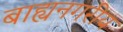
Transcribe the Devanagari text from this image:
बाह्यनगरीय